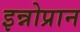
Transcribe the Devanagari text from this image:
इन्नोप्रान